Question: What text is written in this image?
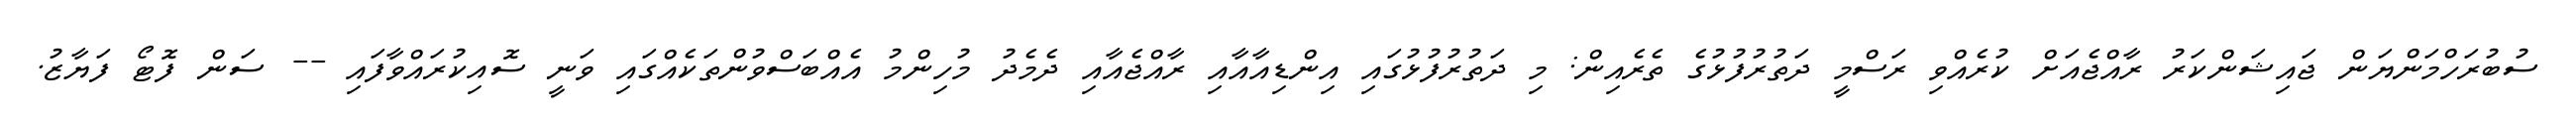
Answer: ސުބުރަހްމަންޔަން ޖައިޝަންކަރު ރާއްޖެއަށް ކުރެއްވި ރަސްމީ ދަތުރުފުޅުގެ ތެރެއިން: މި ދަތުރުފުޅުގައި އިންޑިއާއާއި ރާއްޖެއާއި ދެމެދު މުހިންމު އެއްބަސްވުންތަކެއްގައި ވަނީ ސޮއިކުރައްވާފައި -- ސަން ފޮޓޯ ފަޔާޒު.